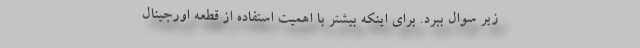
زیر سوال ببرد. برای اینکه بیشتر با اهمیت استفاده از قطعه اورجینال